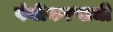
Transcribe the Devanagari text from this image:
पंचीकरणाची